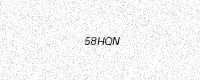
Text: 58HQN